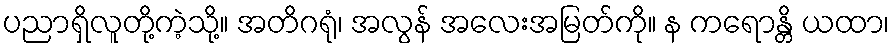
ပညာရှိလူတို့ကဲ့သို့။ အတိဂရုံ၊ အလွန် အလေးအမြတ်ကို။ န ကရောန္တိ ယထာ၊